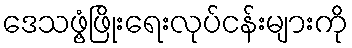
ဒေသဖွံ့ဖြိုးရေးလုပ်ငန်းများကို